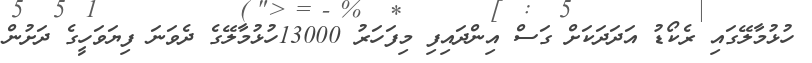
ހުޅުމާލޭގައި ރެކޯޑު އަދަދަކަށް ގަސް އިންދައިފި މިފަހަރު 13000ހުޅުމާލޭގެ ދެވަނަ ފިޔަވަހީގެ ދަށުން